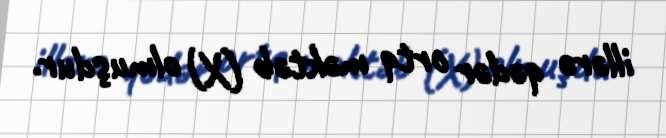
illərə qədər ortq məktəb (X) olmuşdur.